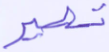
تصير